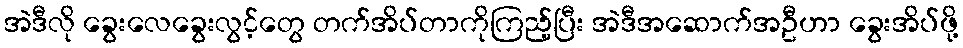
အဲဒီလို ခွေးလေခွေးလွင့်တွေ တက်အိပ်တာကိုကြည့်ပြီး အဲဒီအဆောက်အဦဟာ ခွေးအိပ်ဖို့